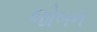
જોબન